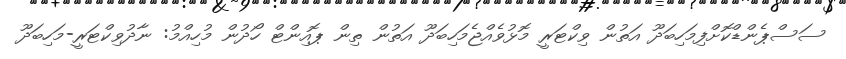
ސަސްޕެންޑްކޮށްފިމަހިބަދޫ އަތުން ވިކްޓަރީ މޮޅުވެއްޖެމަހިބަދޫ އަތުން ތިން ޕޮއިންޓް ހޯދުން މުހިއްމު: ނާދުވިކްޓަރީ-މަހިބަދޫ